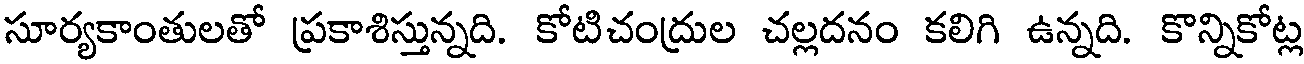
సూర్యకాంతులతో ప్రకాశిస్తున్నది. కోటిచంద్రుల చల్లదనం కలిగి ఉన్నది. కొన్నికోట్ల